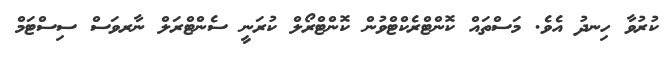
ކުރުވާ ހިނދު އެވެ. މަސްތައް ކޮންޓްރެކްޓްވުން ކޮންޓްރޯލް ކުރަނީ ސެންޓްރަލް ނާރވަސް ސިސްޓަމް